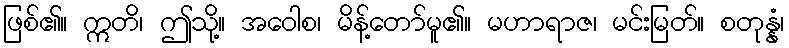
ဖြစ်၏။ ဣတိ၊ ဤသို့။ အဝေါစ၊ မိန့်တော်မူ၏။ မဟာရာဇ၊ မင်းမြတ်။ စတုန္နံ၊